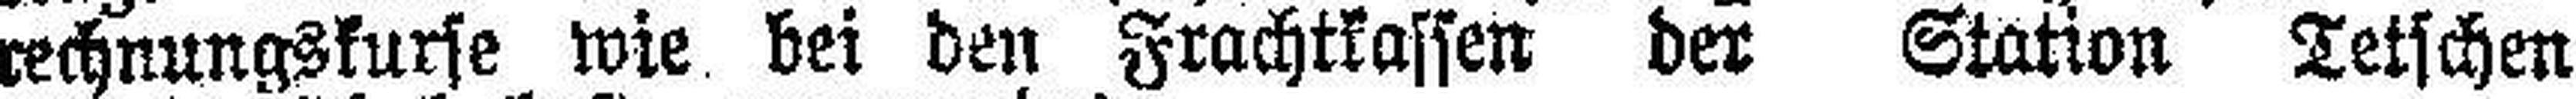
rechnungskurse wie bei den Frachtkassen der Station Letschen